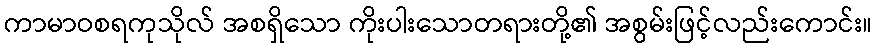
ကာမာဝစရကုသိုလ် အစရှိသော ကိုးပါးသောတရားတို့၏ အစွမ်းဖြင့်လည်းကောင်း။